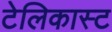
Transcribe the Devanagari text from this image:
टेलिकास्ट